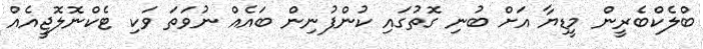
ބްލެކްބެރީން މީޑިޔާ އަށް ބުނި ގޮތުގައި ކުންފުނިން ބައެއް ނުވަތަ ވަކި ޓެކްނޮލޮޖީއެއް